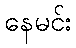
နေမင်း